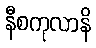
နီစကုလာနိ